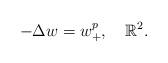
LaTeX: \begin{align*}-\Delta w=w^p_+,\ \ \ \mathbb{R}^2.\end{align*}